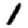
Digit: 1